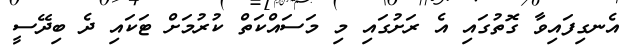
އެނގިފައިވާ ގޮތުގައި އެ ރަށުގައި މި މަސައްކަތް ކުރުމަށް ޓަކައި ދެ ބިދޭސީ